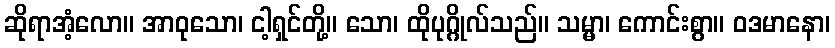
ဆိုရာအံ့လော။ အာဝုသော၊ ငါ့ရှင်တို့။ သော၊ ထိုပုဂ္ဂိုလ်သည်။ သမ္မာ၊ ကောင်းစွာ။ ဝဒမာနော၊